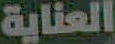
العناية